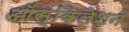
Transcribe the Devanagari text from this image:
ऑस्किलेशन